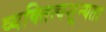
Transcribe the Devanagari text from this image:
व्यक्तित्वशून्यता